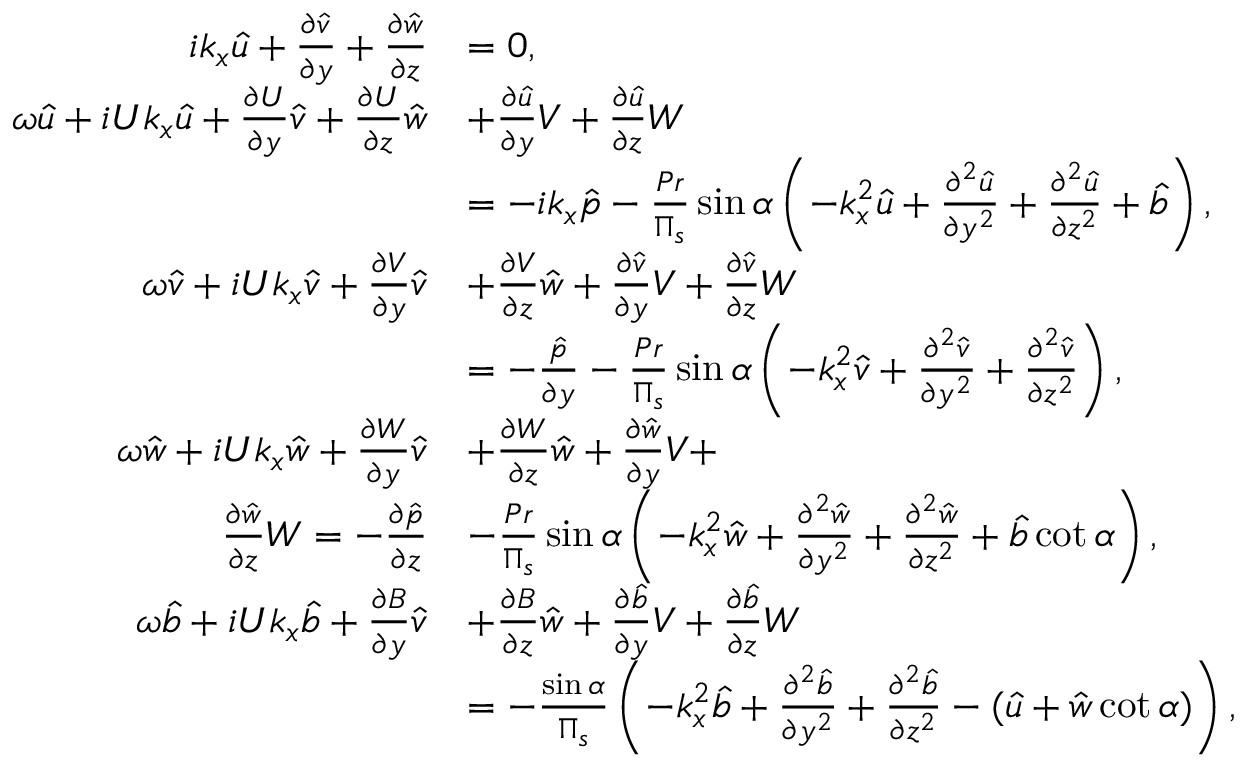
\begin{array} { r l } { i k _ { x } \hat { u } + \frac { \partial \hat { v } } { \partial y } + \frac { \partial \hat { w } } { \partial z } } & { = 0 , } \\ { \omega \hat { u } + i U k _ { x } \hat { u } + \frac { \partial U } { \partial y } \hat { v } + \frac { \partial U } { \partial z } \hat { w } } & { + \frac { \partial \hat { u } } { \partial y } V + \frac { \partial \hat { u } } { \partial z } W } \\ & { = - i k _ { x } \hat { p } - \frac { P r } { \Pi _ { s } } \sin \alpha \left( - k _ { x } ^ { 2 } \hat { u } + \frac { \partial ^ { 2 } \hat { u } } { \partial y ^ { 2 } } + \frac { \partial ^ { 2 } \hat { u } } { \partial z ^ { 2 } } + \hat { b } \right) , } \\ { \omega \hat { v } + i U k _ { x } \hat { v } + \frac { \partial V } { \partial y } \hat { v } } & { + \frac { \partial V } { \partial z } \hat { w } + \frac { \partial \hat { v } } { \partial y } V + \frac { \partial \hat { v } } { \partial z } W } \\ & { = - \frac { \hat { p } } { \partial y } - \frac { P r } { \Pi _ { s } } \sin \alpha \left( - k _ { x } ^ { 2 } \hat { v } + \frac { \partial ^ { 2 } \hat { v } } { \partial y ^ { 2 } } + \frac { \partial ^ { 2 } \hat { v } } { \partial z ^ { 2 } } \right) , } \\ { \omega \hat { w } + i U k _ { x } \hat { w } + \frac { \partial W } { \partial y } \hat { v } } & { + \frac { \partial W } { \partial z } \hat { w } + \frac { \partial \hat { w } } { \partial y } V + } \\ { \frac { \partial \hat { w } } { \partial z } W = - \frac { \partial \hat { p } } { \partial z } } & { - \frac { P r } { \Pi _ { s } } \sin \alpha \left( - k _ { x } ^ { 2 } \hat { w } + \frac { \partial ^ { 2 } \hat { w } } { \partial y ^ { 2 } } + \frac { \partial ^ { 2 } \hat { w } } { \partial z ^ { 2 } } + \hat { b } \cot \alpha \right) , } \\ { \omega \hat { b } + i U k _ { x } \hat { b } + \frac { \partial B } { \partial y } \hat { v } } & { + \frac { \partial B } { \partial z } \hat { w } + \frac { \partial \hat { b } } { \partial y } V + \frac { \partial \hat { b } } { \partial z } W } \\ & { = - \frac { \sin \alpha } { \Pi _ { s } } \left( - k _ { x } ^ { 2 } \hat { b } + \frac { \partial ^ { 2 } \hat { b } } { \partial y ^ { 2 } } + \frac { \partial ^ { 2 } \hat { b } } { \partial z ^ { 2 } } - ( \hat { u } + \hat { w } \cot \alpha ) \right) , } \end{array}